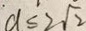
d \leq 2 \sqrt { 2 }